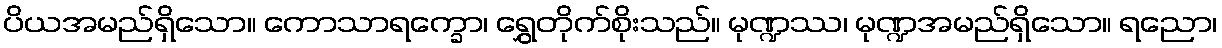
ပိယအမည်ရှိသော။ ကောသာရက္ခော၊ ရွှေတိုက်စိုးသည်။ မုဏ္ဍဿ၊ မုဏ္ဍအမည်ရှိသော။ ရညော၊